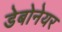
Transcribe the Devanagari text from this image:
डेबोनेयर